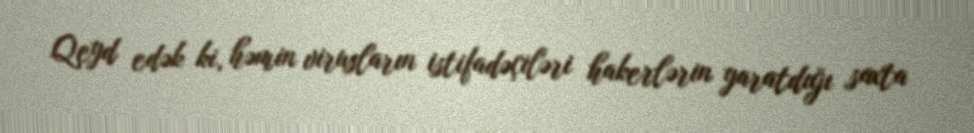
Qeyd edək ki, həmin virusların istifadəçiləri hakerlərin yaratdığı saxta